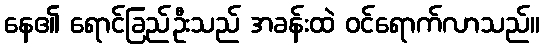
နေ၏ ရောင်ခြည်ဦးသည် အခန်းထဲ ဝင်ရောက်လာသည်။